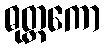
ဓုတ္တကော